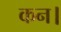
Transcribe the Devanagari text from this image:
कन।